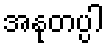
အနုတပ္ပါ